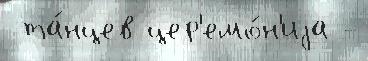
 та́нцев цер'емо́н'иjа -